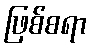
ဖြစ်စရာ